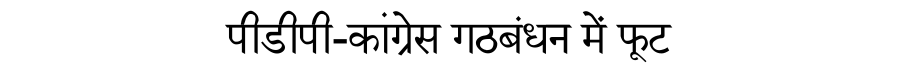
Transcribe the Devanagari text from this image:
पीडीपी-कांग्रेस गठबंधन में फूट